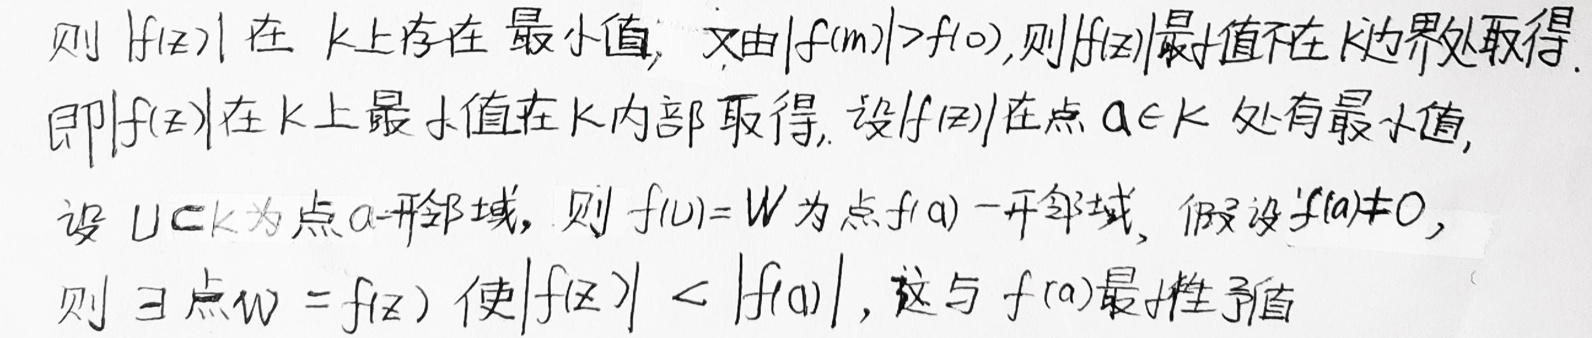
则$|f(z)|$在$K$上存在最小值; 又由$|f(m)| > f(0)$, 则$|f(z)|$最值不在$K$边界处取得.
即$|f(z)|$在$K$上最小值在$K$内部取得, 设$|f(z)|$在点$a\in K$处有最小值,
设$U\subset K$为点$a$开邻域, 则$f(U)=W$为点$f(a)$一开邻域, 假设$f(a)\neq0$,
则$\exists$点$w = f(z)$使$|f(z)| < |f(a)|$, 这与$f(a)$最小性矛盾.